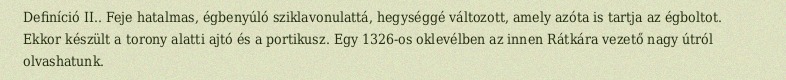
Definíció II.. Feje hatalmas, égbenyúló sziklavonulattá, hegységgé változott, amely azóta is tartja az égboltot. Ekkor készült a torony alatti ajtó és a portikusz. Egy 1326-os oklevélben az innen Rátkára vezető nagy útról olvashatunk.